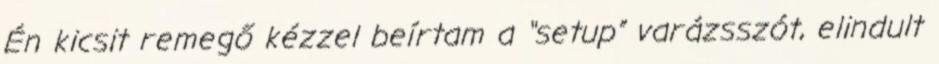
Én kicsit remegő kézzel beírtam a “setup” varázsszót, elindult